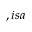
, i s a